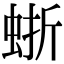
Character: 𧋍